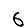
Digit: 6